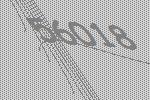
56018